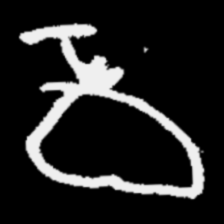
Pyu character \u2014 Myanmar letter: ဝ (romanized: wa)